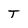
Character: T